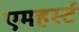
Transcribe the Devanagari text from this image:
एमहर्स्‍ट